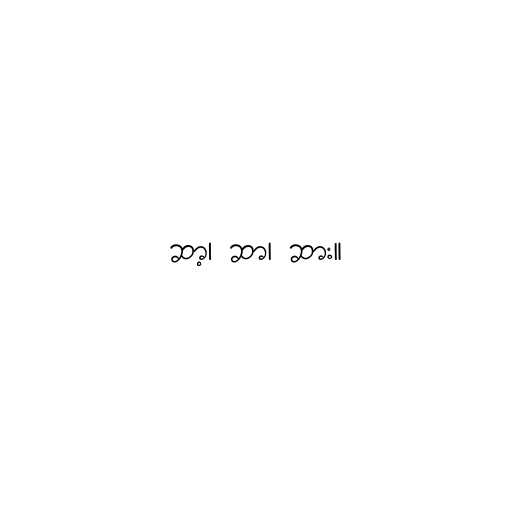
ဆာ့၊ ဆာ၊ ဆား။